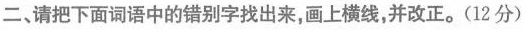
二、请把下面词语中的错别字找出来，画上横线，并改正。(12分)